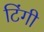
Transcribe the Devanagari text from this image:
टिंगी